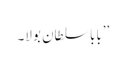
’’بابا سلطان بولا۔